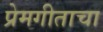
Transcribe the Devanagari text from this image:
प्रेमगीताचा